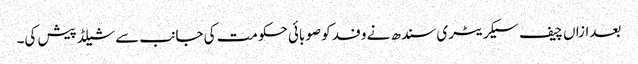
بعدازاں چیف سیکریٹری سندھ نے وفد کو صوبائی حکومت کی جانب سے شیلڈ پیش کی۔